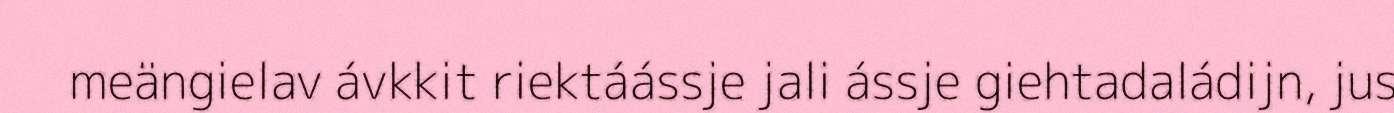
meängielav ávkkit riektáássje jali ássje giehtadaládijn, jus